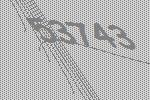
53743